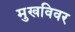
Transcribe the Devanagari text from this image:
मुखविवर